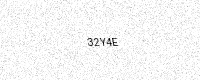
Text: 32Y4E